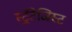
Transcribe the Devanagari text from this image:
स्ट्रॅटेजिस्ट